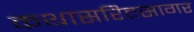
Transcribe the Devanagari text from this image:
कथासरितसागर